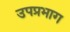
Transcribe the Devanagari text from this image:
उपप्रभाग